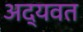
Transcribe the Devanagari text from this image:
अद्यवत